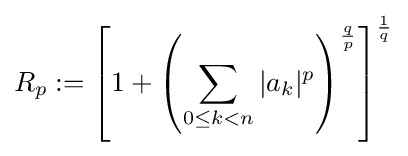
R_{p}:=\left[1+\left(\sum _{0\leq k<n}|a_{k}|^{p}\right)^{\frac {q}{p}}\right]^{\frac {1}{q}}